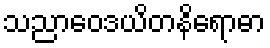
သညာဝေဒယိတနိရောဓာ